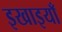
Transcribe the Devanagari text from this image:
इखाइयाँ